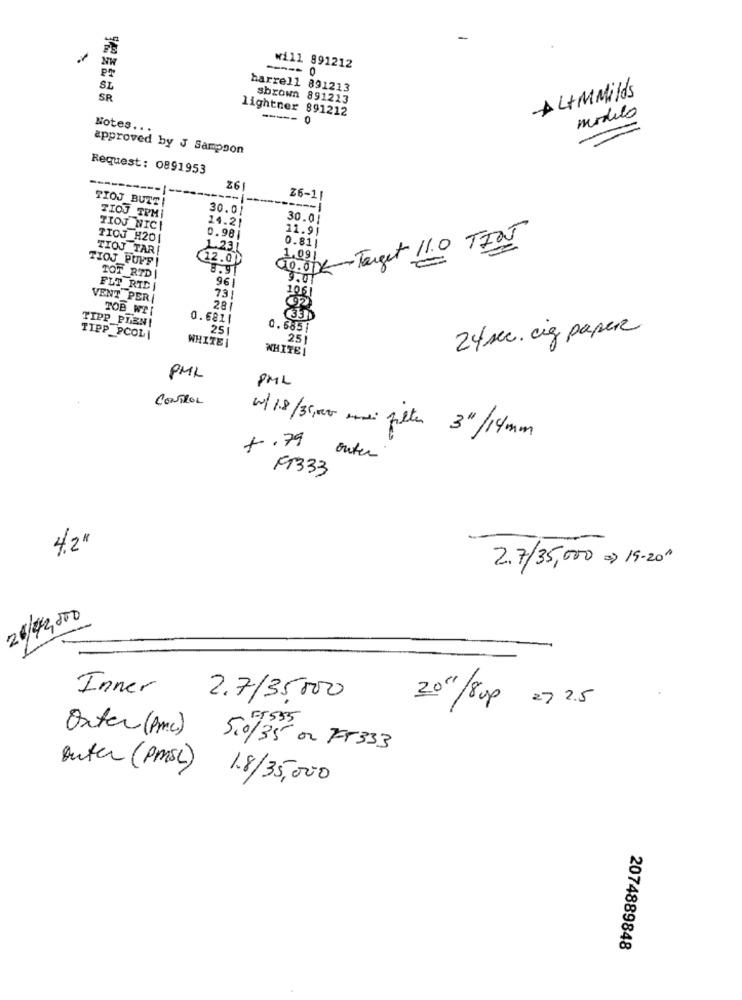
NW
will 891212
PT
SL
harrell 891213
AL+MMilds
SR
sbrown 891213
lightner 891212
modelo
-----
0
Notes .. .
approved by J Sampson
Request: 0891953
76
TIOJ BUZZ !
----
Z6-11
30.01
TIOJ TPMI
14.21
30.01
TIOJ NIC
11.91
TIOJ H201
0.981
10. 00-Target 11.0 TI05
0.81
TIOJ TAR!
1.231
TIOJ PUFF
12.0
1.09
TOT RTDJ
96
9.01
FLT RID |
1061
VENT PER/
731
TOB WII
28
-
92
0.6811
TIPP PIENI
25
0.585|
24sec. cig paper
TIPP_PCOL|
25
WHITEI
WHITE
PML
8ML
CONTROL
+.79
10/18/39,00 emi filter 3"/14mm
outer
199333
4.2"
2.7/35,000 = 19-201
26/42,500
Inner
2.7/35,000
20"/8 up 27 2.5
Outer (Pmc)
5535
5.0/35 or 75333
outer (PMSL) 18/35,000
2074889848